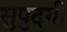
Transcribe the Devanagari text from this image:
सुपुदर्गी